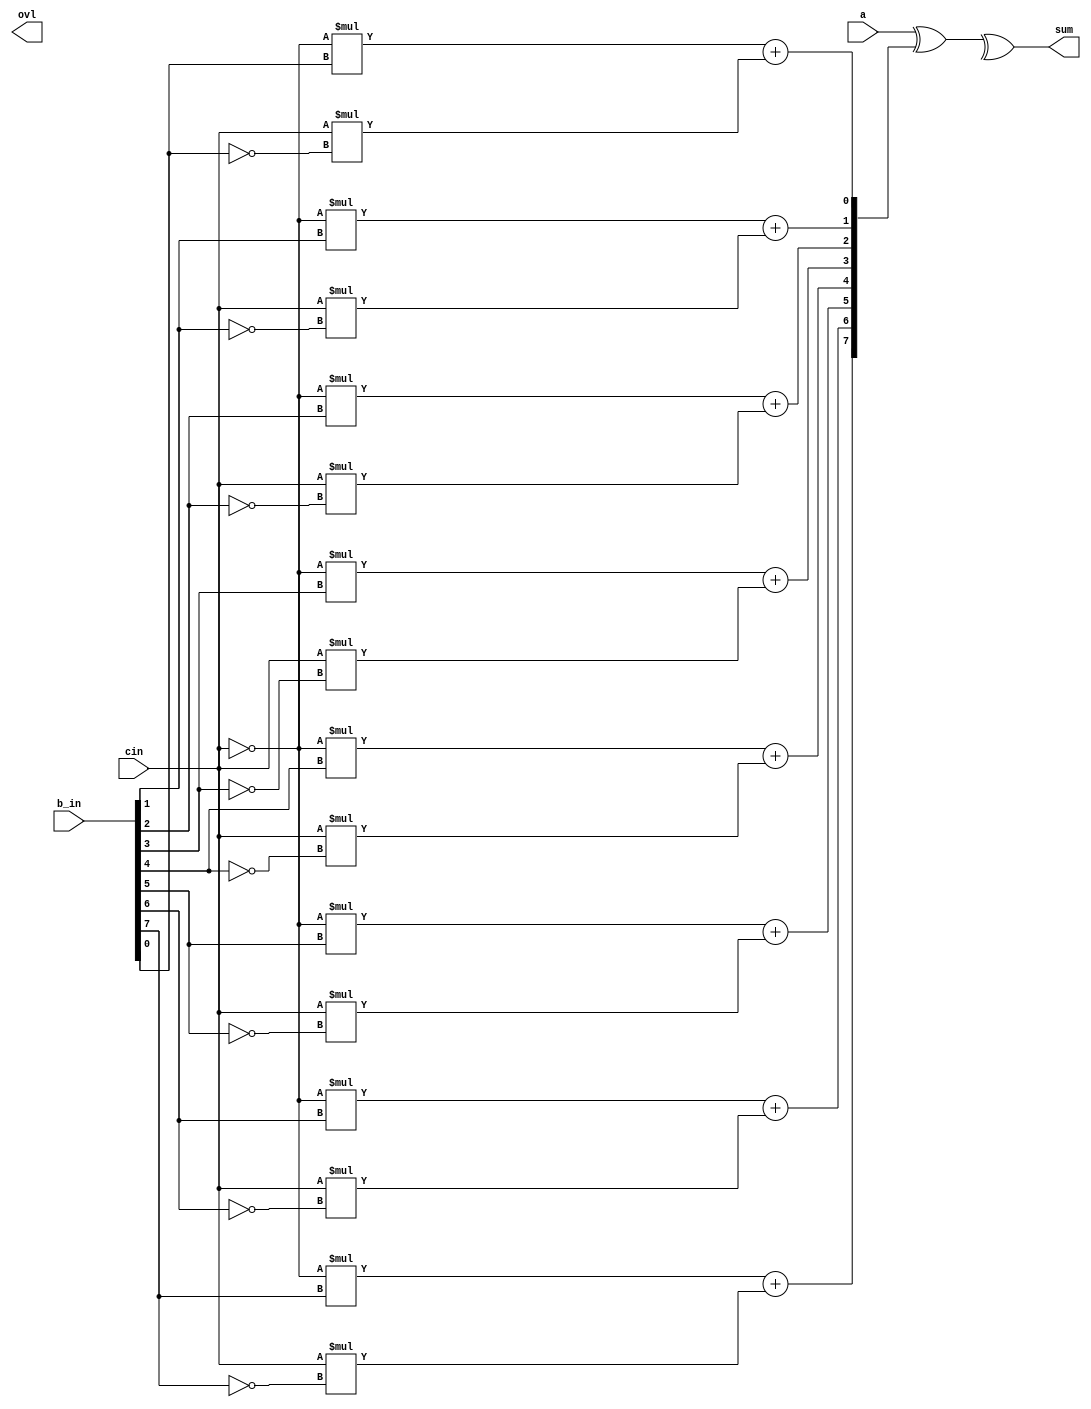
//(a,b)=(0,1)  01-prop 00kil 11gen

module recurdouble8 (a,b_in ,sum, ovl, cin);

	input [7:0] a, b_in;
	input cin;
	output reg [7:0] sum;
	output reg ovl;
	wire[7:0] b;
	genvar i;
    generate
    for(i=0;i<=7;i=i+1)begin
        //assign op[i]=o[i] and ~w_ov;
		assign b[i]= (!cin)*(b_in[i]) + (cin)*(!b_in[i]);
    end

    endgenerate
	wire [8:0] xa, xb;
	wire [8:0] xa_1, xb_1, xa_2, xb_2, xa_4, xb_4, xa_8, xb_8, xa_16, xb_16;
	

	assign xa[0] = cin;
	assign xb[0] = cin;

	always @(*)
	begin

		sum = a^b^xa_16[7:0];
		ovl = xa_16[8];	

	end
	
	pregen pref [8:1] (xb[8:1], xa[8:1], a[7:0], b[7:0]);

	assign xb_1[0] = cin;
	assign xa_1[0] = cin;
	assign xb_2[1:0] = xb_1[1:0];
	assign xa_2[1:0] = xa_1[1:0];
	assign xb_4[3:0] = xb_2[3:0];
	assign xa_4[3:0] = xa_2[3:0];
	assign xb_8[7:0] = xb_4[7:0];
	assign xa_8[7:0] = xa_4[7:0];

    //change pending
	cargen i1 [8:1] (xb[8:1], xa[8:1], xb[7:0], xa[7:0], xb_1[8:1], xa_1[8:1]);
	cargen i2 [8:2] (xb_1[8:2], xa_1[8:2], xb_1[6:0], xa_1[6:0], xb_2[8:2], xa_2[8:2]);
	cargen i4 [8:4] (xb_2[8:4], xa_2[8:4], xb_2[4:0], xa_2[4:0], xb_4[8:4], xa_4[8:4]);

endmodule

module pregen(
	output reg o1, o0,
	input a, b
);
	always @*
	case ({a, b})
		2'b00: begin
			o0 = 1'b0; o1 = 1'b0;
		end
		2'b11: begin
			o0 = 1'b1; o1 = 1'b1;
		end
		default: begin 
			o0 = 1'b0; o1 = 1'b1;
		end
	endcase

endmodule

module cargen (input curbb, curba, prevbb, prevba,
output reg obb, oba
);
	always @(*)
	begin
	
		if({curbb, curba} == 2'b00)
			{obb, oba} = 2'b00;
		
		if({curbb, curba} == 2'b11)
			{obb, oba} = 2'b11;

		if({curbb, curba} == 2'b10)
			{obb, oba} = {prevbb, prevba};

	end

endmodule